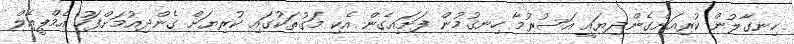
ހިނގާލުން ކުރިއަށްގެންދިޔައީ އަސުރުމާ ހިނގުމުން ފަށައިގެން އެކި މަގުތަކުގައި ކުރިޔަށް ގެންދިއުމަށްފަހު އެމްޕީއެލް